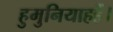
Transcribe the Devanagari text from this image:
हुमुनियाहहैं।